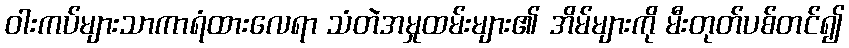
ဝါးကပ်များသာကာရံထားလေရာ သံတဲအမှုထမ်းများ၏ အိမ်များကို မီးတုတ်ပစ်တင်၍